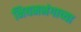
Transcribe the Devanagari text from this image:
नियमभंगाच्या